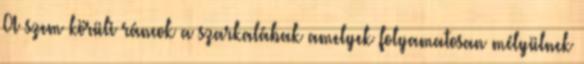
A szem körüli ráncok a szarkalábak amelyek folyamatosan mélyülnek